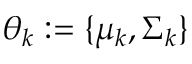
\theta _ { k } : = \{ \mu _ { k } , \Sigma _ { k } \}